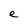
Character: e